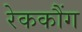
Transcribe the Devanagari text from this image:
रेककौंग